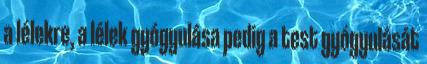
a lélekre, a lélek gyógyulása pedig a test gyógyulását